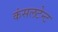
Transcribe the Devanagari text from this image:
कंसलटेन्ट